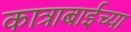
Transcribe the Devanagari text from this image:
कात्राबाईच्या